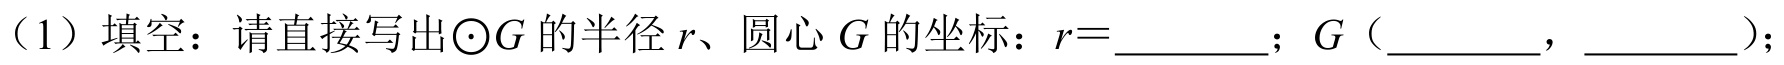
（1）填空：请直接写出\(\odot G\)的半径\(r\)、圆心\(G\)的坐标：\(r = \_\_\_\_\_\_\)；\(G\)（\( \_\_\_\_\_\_\)，\( \_\_\_\_\_\_\)）；